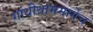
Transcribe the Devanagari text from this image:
गांधीधाममार्गेच